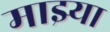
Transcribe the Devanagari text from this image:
माझ्या